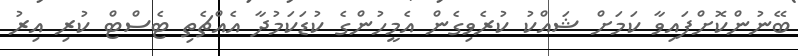
ބޭނުންކޮށްފައިވާ ކަމަށް ޝައްކު ކުރެވިގެން އެމީހުންގެ ކުޑަކަމުދާ އެއްޗެތި ޓެސްޓް ކުރި އިރު